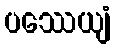
ပဿေယျံ